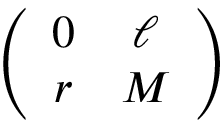
\left( \begin{array} { c c } { { 0 } } & { { \ell } } \\ { { r } } & { { M } } \end{array} \right)